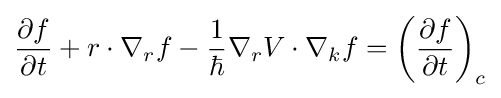
{\frac {\partial f}{\partial t}}+r\cdot \nabla _{r}f-{\frac {1}{\hbar }}\nabla _{r}V\cdot \nabla _{k}f=\left({\frac {\partial f}{\partial t}}\right)_{c}